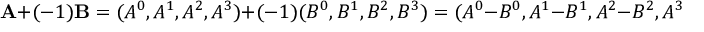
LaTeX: \mathbf { A } + ( - 1 ) \mathbf { B } = ( A ^ { 0 } , A ^ { 1 } , A ^ { 2 } , A ^ { 3 } ) + ( - 1 ) ( B ^ { 0 } , B ^ { 1 } , B ^ { 2 } , B ^ { 3 } ) = ( A ^ { 0 } - B ^ { 0 } , A ^ { 1 } - B ^ { 1 } , A ^ { 2 } - B ^ { 2 } , A ^ { 3 } - B ^ { 3 } )